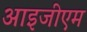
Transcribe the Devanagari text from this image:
आइजीएम